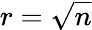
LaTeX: r=\sqrt{n}